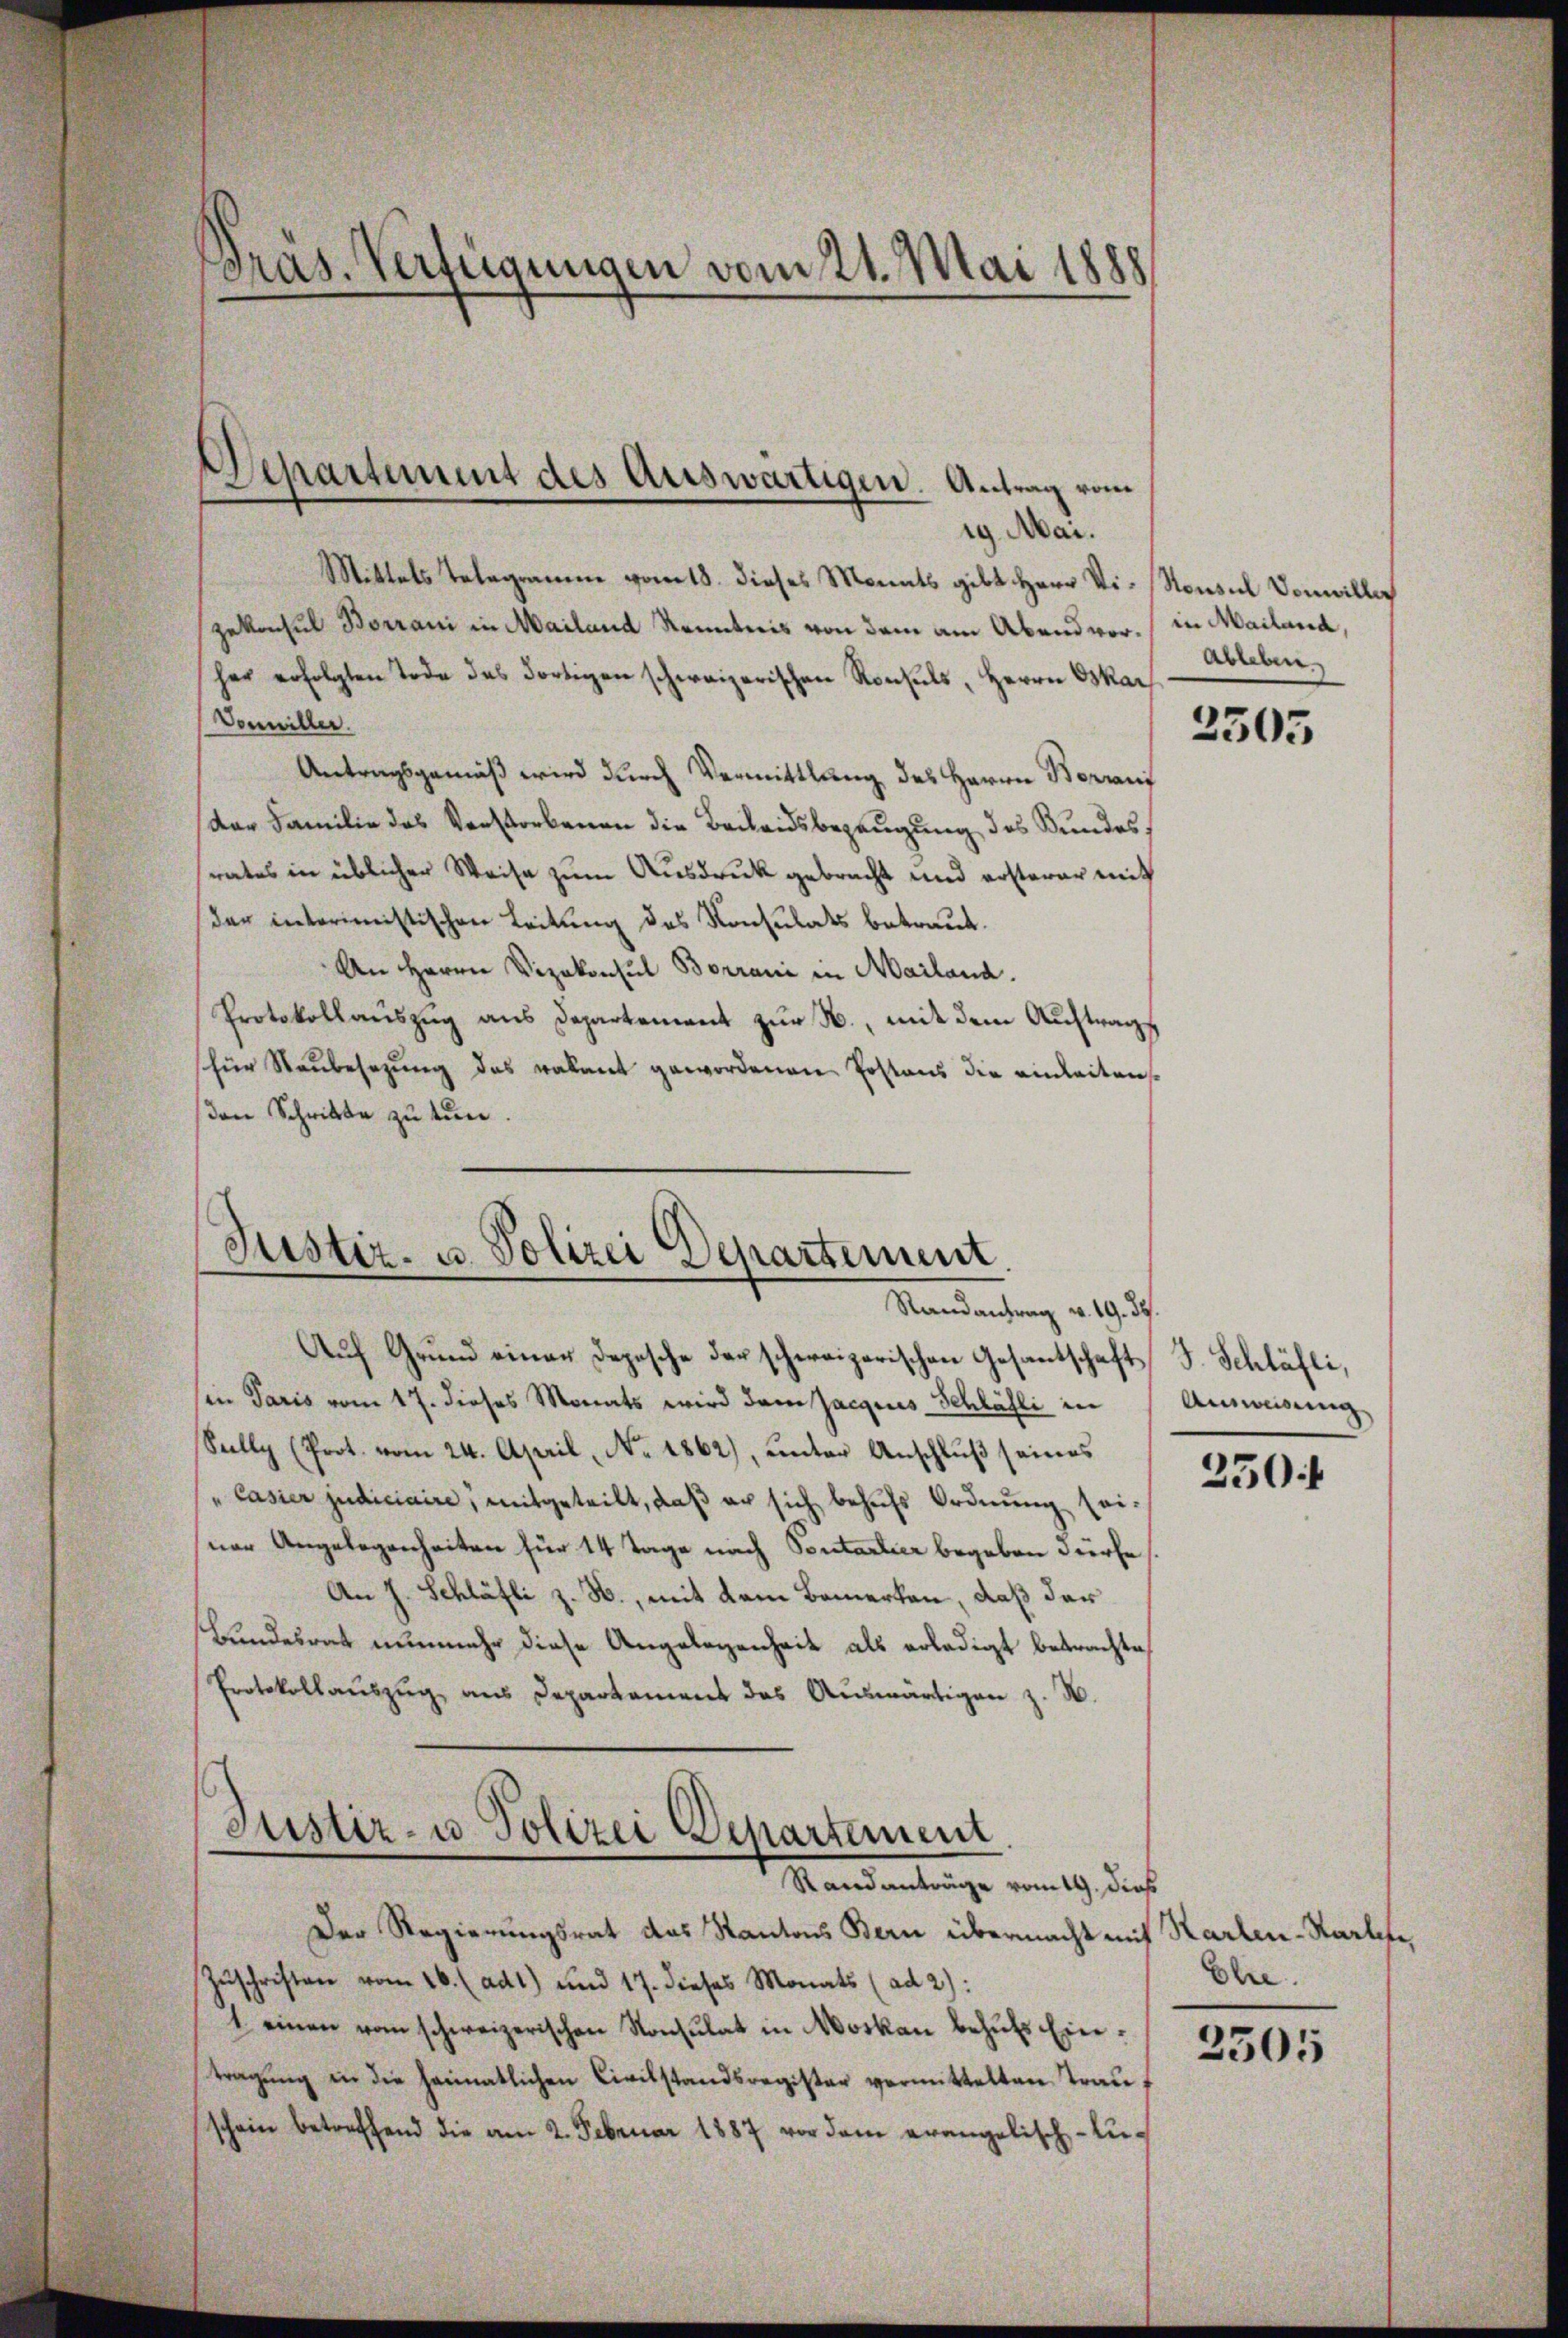
Pras. Verfügungen vom 21. Mai 1888

ig. Mai.
Mittels Telegramm vom 18. dieses Monats gibt Herr Vi-Nonsul Vonwilli
Zekonsul Borrani in Mailand Kenntnis von dem am Abend vor./ in Mailand,
her erfolgten Tode des dortigen schweizerischen Konsuls, Herrn Oskar
Vonwiller.
Antragsgemäß wird durch Vermittlung des Herrn Borrani
Dar Familie das Verstorbenen die Beweidsbezeugung des Bundesrates in üblicher Weise zum Ausdruck gebracht und ersterer mit
der interimistischen Leitung des Konsulats betraut.
An Herrn Vizekonsul Borrani in Mailand.
Protokollauszug aus Departement zur N., mit dem Auftrags
für Raubesezung des vakant gewordenen Postens die einleiten
den Schritte zu tun.

Departement des Auswärtigen. Antrag vom

Justiz- u. Polizei Departement.
Randantrag v. 19. 37.

Auf Grund einen Depesche der schweizerischen Gesantschaft J. Schläfli,
sin Paris vom 17. dieses Monats wird dem Jacques Schläfli in
Sully (Prot. vom 24. April, No. 1862), unter Anschluß seines
"Casier judiciaire, mitgeteilt, daß er sich behŭfs Ordnung sei.
ner Angelegenheiten für 14 Tage nach Pontarlier begeben dürfe
An J. Schläfli z. B., mit dem Bemerken, daß der
Bundesrat nunmehr diese Angelegenheit als erledigt betrachte,
Protokollaŭszŭg ans Departament das Auswärtigen z. B.
Justiz- u Polizei Departement
Standanträge vom 19. dieß
Der Regierungsrat das Kantons Bern übermacht mit Karten-Karlefe
Zŭschriften vom 26. (ad1) und 17. dieses Monats (ad 2):
1 einen vom schweizerischen Konsulat in Moskau behŭfs Eintragung in die heimatlichen Civilstandsregister vermittelten Trauschein betreffend die am 2. Februar 1887 vor dem evangelisch-Un¬

Ableben

2505

Ausweisung

250f

Elie.

2505